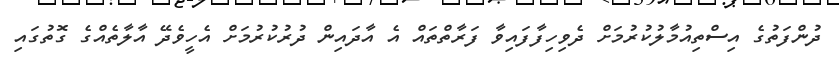
ދުންފަތުގެ އިސްތިއުމާލުކުރުމަށް ދެވިހިފާފައިވާ ފަރާތްތައް އެ އާދައިން ދުރުކުރުމަށް އެހީވެދޭ އާލާތެއްގެ ގޮތުގައި